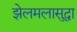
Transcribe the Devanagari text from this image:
झेलमलासुद्धा